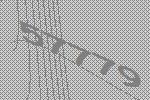
57779